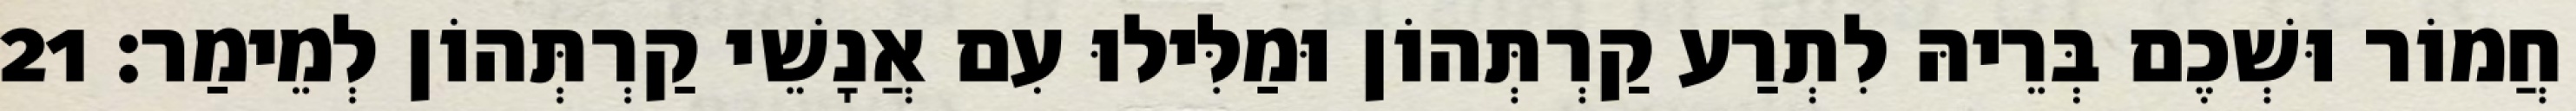
חֲמוֹר וּשְׁכֶם בְּרֵיהּ לִתְרַע קַרְתְּהוֹן וּמַלִּילוּ עִם אֲנָשֵׁי קַרְתְּהוֹן לְמֵימַר׃ 21